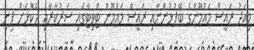
މިއަދު ރައީސް މައުމޫންގެ ބޭފުޅުންނާއި ރައީސް މައުމޫން ޓްވިޓާގައި ސަރުކާރާއި ދެކޮޅަށް ފިނި